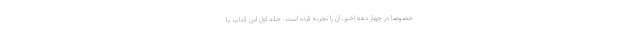
خصوصاً در چهار دهه اخیر، آن را تجربه کرده است. جلد اول این کتاب با